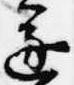
遂